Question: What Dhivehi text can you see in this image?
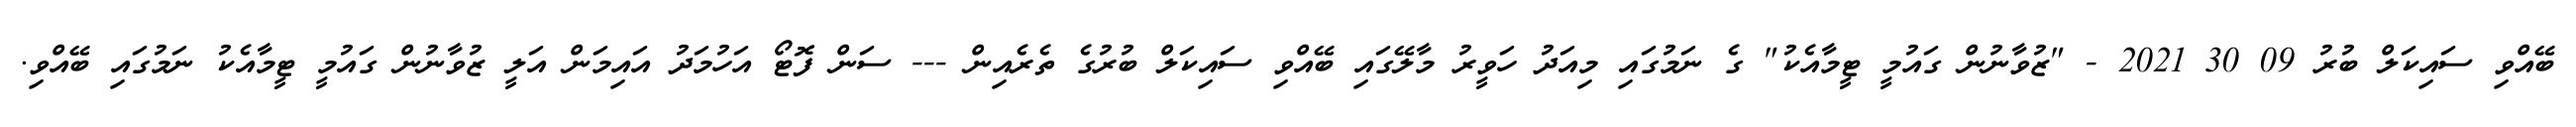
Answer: ބޭއްވި ސައިކަލް ބުރު 09 30 2021 - "ޒުވާނުން ގައުމީ ޓީމާއެކު" ގެ ނަމުގައި މިއަދު ހަވީރު މާލޭގައި ބޭއްވި ސައިކަލް ބުރުގެ ތެރެއިން --- ސަން ފޮޓޯ އަހުމަދު އައިމަން އަލީ ޒުވާނުން ގައުމީ ޓީމާއެކު ނަމުގައި ބޭއްވި.